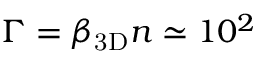
\Gamma = \beta _ { \mathrm { 3 D } } n \simeq 1 0 ^ { 2 }